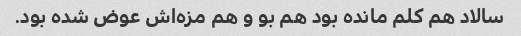
سالاد هم کلم مانده بود هم بو و هم مزه‌اش عوض شده بود.